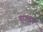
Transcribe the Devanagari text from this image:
बुरागाँव